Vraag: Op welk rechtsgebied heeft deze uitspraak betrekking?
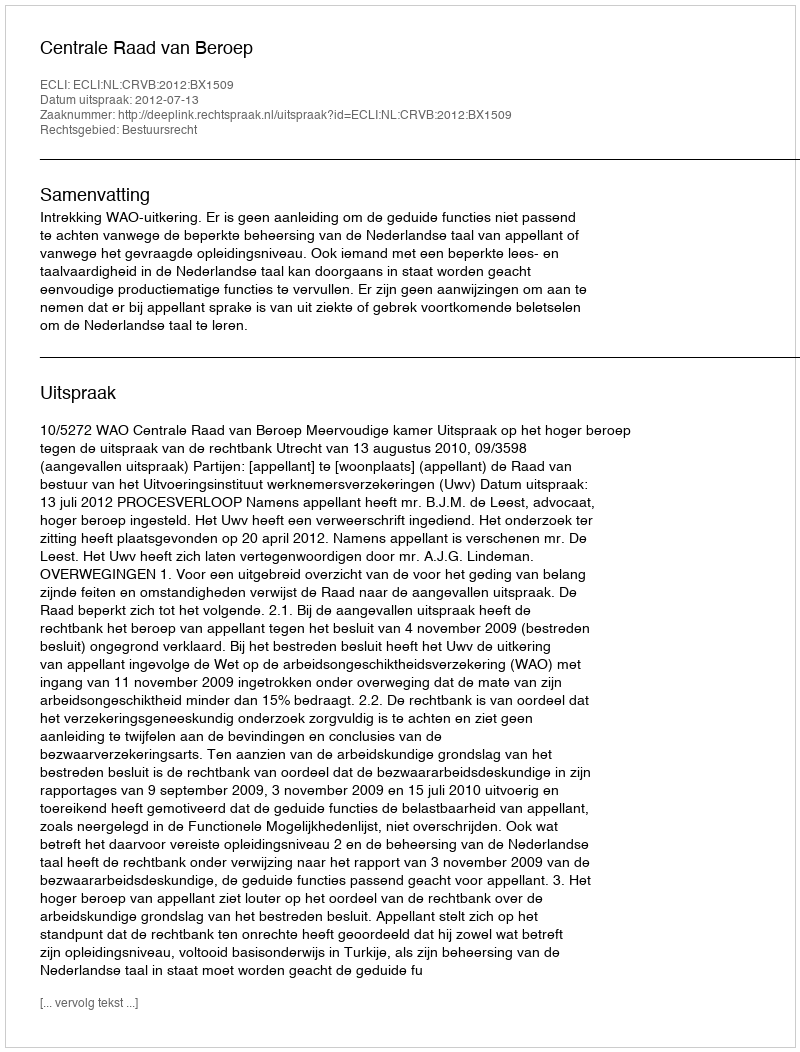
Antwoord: Bestuursrecht